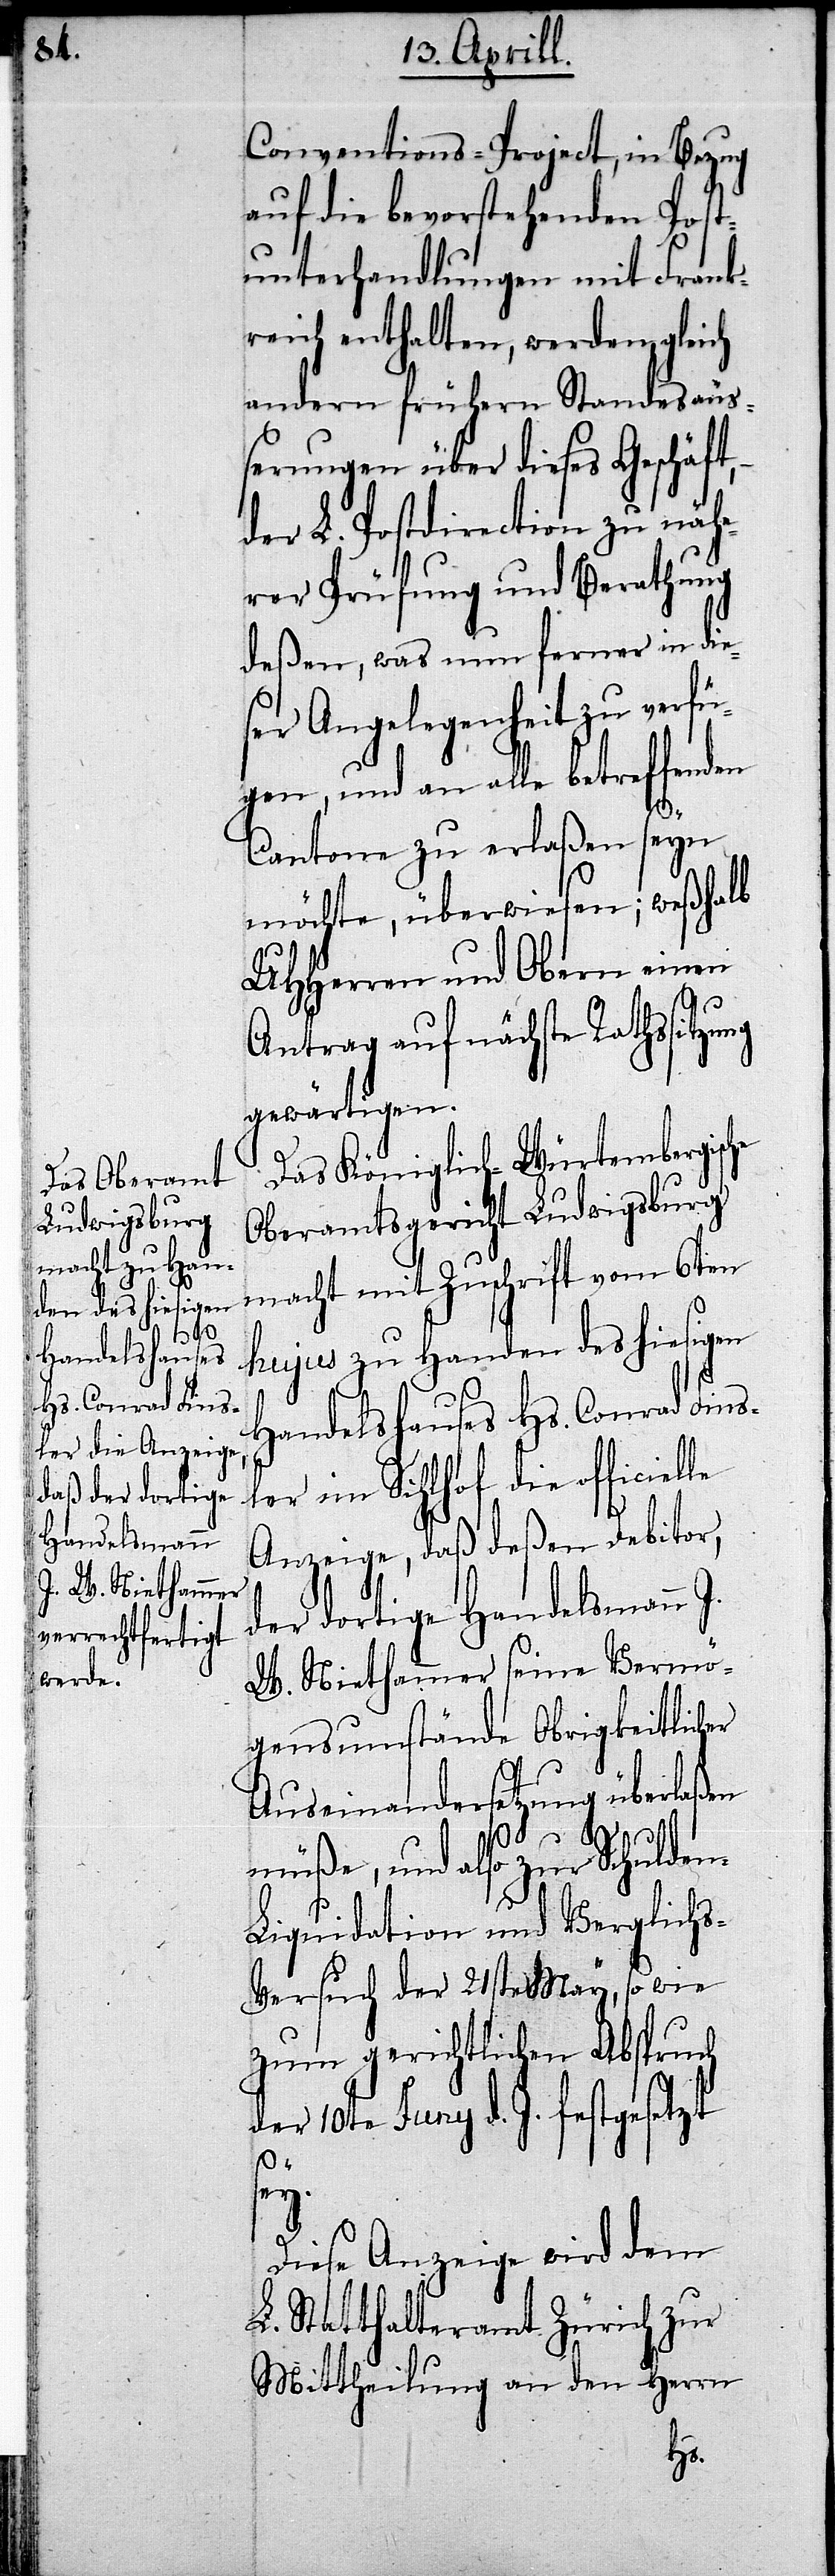
Conventions-Project, in Bezug
auf die bevorstehenden Post¬
unterhandlungen mit Frank¬
reich enthalten, werden, gleich
andern frühern Standesäu¬
ßerungen über dieses Geschäft,
der L. Postdirection zu näh¬
erer Prüfung und Berathung
deßen, was nun ferner in die¬
ser Angelegenheit zu verfü¬
gen, und an alle betreffend¬
Cantone zu erlaßen seyn
möchte, überwiesen; weshalb
UHHerren und Obern einen
Antrag auf nächste Rathssitzung
gewärtigen.
Das Königlich-Würtembergisc¬
Oberamtsgericht Ludwigsburg
macht mit Zuschrift vom 6ten
hujus zu Handen des hiesigen
Handelshauses Hs. Conrad Fins¬
ler im Sihlhof die officiel¬
Anzeige, daß deßen Debitor,
der dortige Handelsmann J.
W. Niethammer seine Vermö¬
gensumstände Obrigkeitlichen
Auseinandersetzungen überlaßen
le
müße, und also zur Schulde¬
iquidition und Verglich¬
s-Versuch der 21ste May, sowie
zum gerichtlichen Abspruch
er 10te Juny d. J. festgesetzt
d¬
sey.
Diese Anzeige wird dem
L. Statthalteramt Zürich zu
Mittheilung an den Herrn
n-L¬